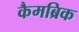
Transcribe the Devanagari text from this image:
कैमब्रिक